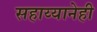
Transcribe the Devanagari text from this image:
सहाय्यानेही